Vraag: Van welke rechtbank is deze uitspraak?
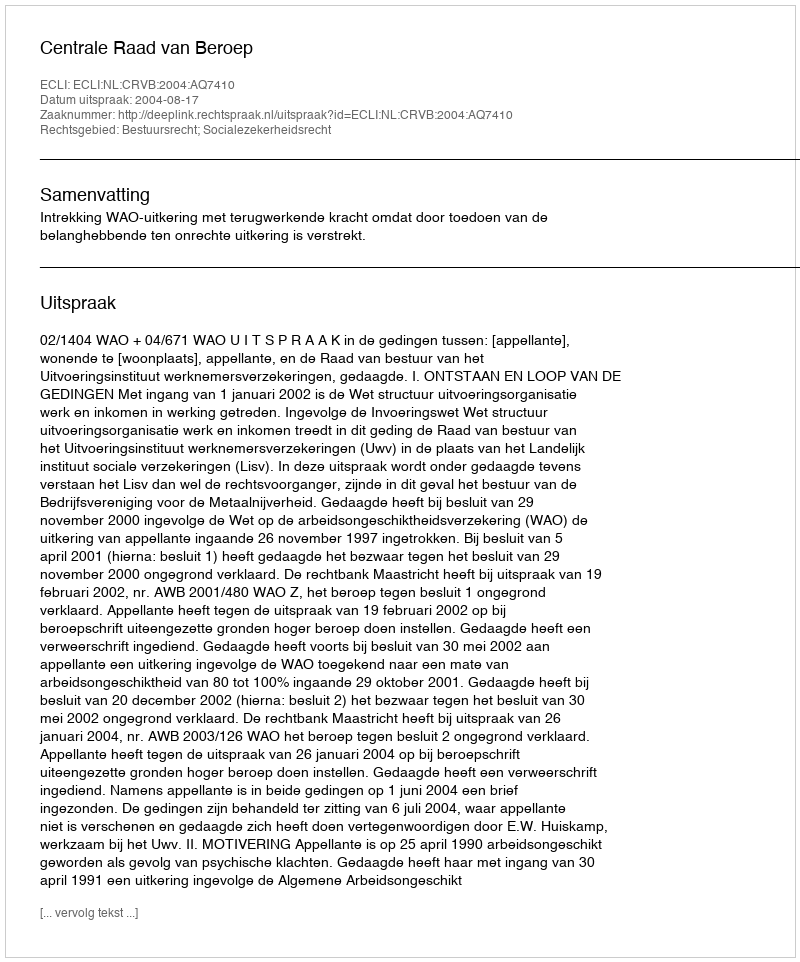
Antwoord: Centrale Raad van Beroep